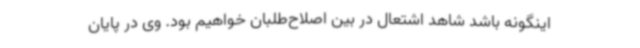
اینگونه باشد شاهد اشتعال در بین اصلاح‌طلبان خواهیم بود. وی در پایان